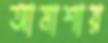
আমাশায়